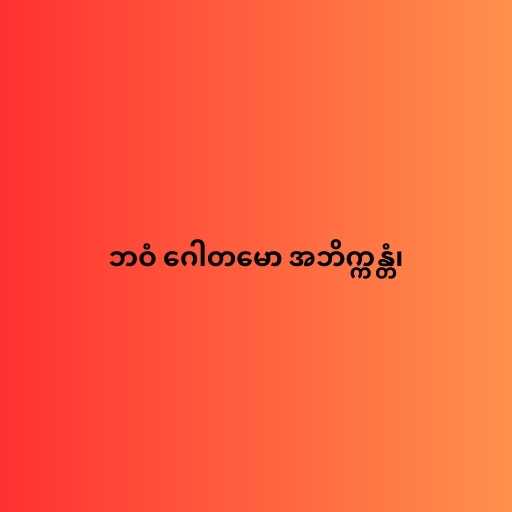
ဘဝံ ဂေါတမော အဘိက္ကန္တံ၊